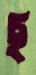
ছ